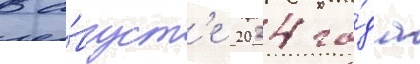
В а́вгуст'е 2024 го́да